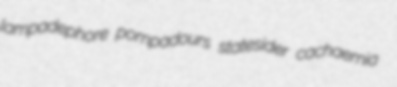
lampadephore pompadours statesider cachaemia